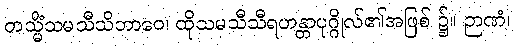
တသ္မိံသမသီသိဘာဝေ၊ ထိုသမသီသီရဟန္တာပုဂ္ဂိုလ်၏အဖြစ် ၌။ ဉာဏံ၊